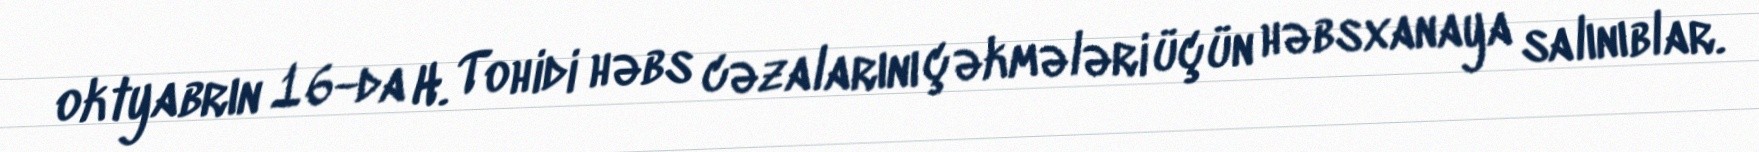
oktyabrın 16-da H. Tohidi həbs cəzalarını çəkmələri üçün həbsxanaya salınıblar.